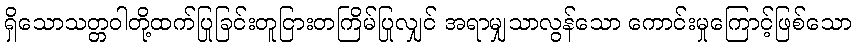
ရှိသောသတ္တဝါတို့ထက်ပြုခြင်းတူငြားတကြိမ်ပြုလျှင် အရာမျှသာလွန်သော ကောင်းမှုကြောင့်ဖြစ်သော